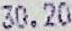
30.20